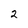
Character: 2